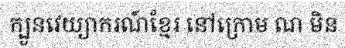
ក្បួនវេយ្យាករណ៍ខ្មែរ នៅក្រោម ណ មិន